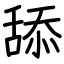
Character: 舔